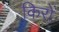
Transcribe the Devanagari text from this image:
किरों